Report of the Indian Hemp Drugs Commission, 1894-1895 - Volume VI
Year: 1894
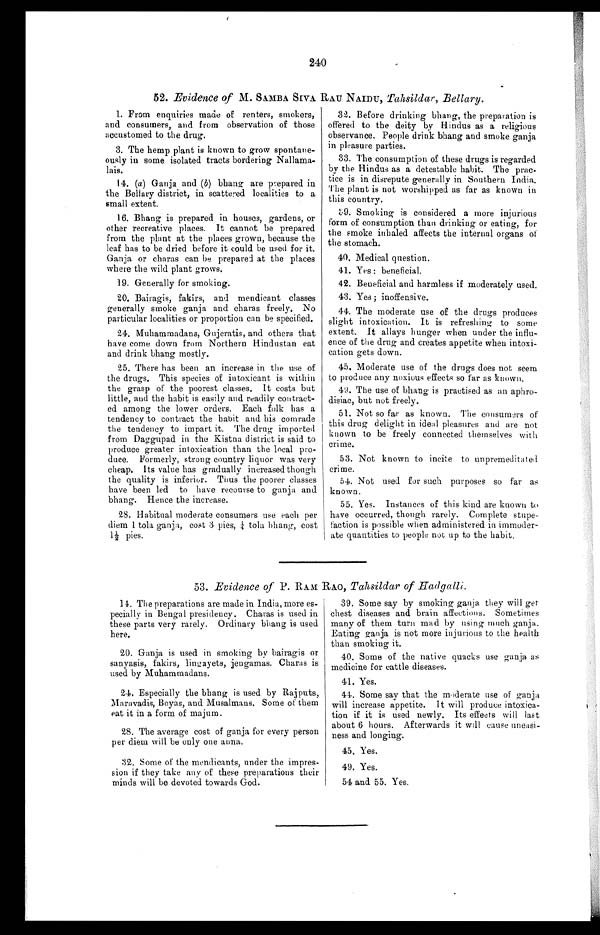
240
52. Evidence of M. SAMBA SIVA RAU NAIDU, Tahsildar, Bellary.
1. From enquiries made of renters, smokers,
and consumers, and from observation of those
accustomed to the drug.
3. The hemp plant is known to grow spontane-
ously in some isolated tracts bordering Nallama-
lais.
14. (a ) Ganja and (b) bhang are prepared in
the Bellary district, in scattered localities to a
small extent.
16. Bhang is prepared in houses, gardens, or
other recreative places. It cannot be prepared
from the plant at the places grown, because the
leaf has to be dried before it could be used for it.
Ganja or charas can be prepared at the places
where the wild plant grows.
19. Generally for smoking.
20. Bairagis, fakirs, and mendicant classes
generally smoke ganja and charas freely. No
particular localities or proportion can be specified.
24. Muhammadans, Gujeratis, and others that
have come down from Northern Hindustan eat
and drink bhang mostly.
25. There has been an increase in the use of
the drugs. This species of intoxicant is within
the grasp of the poorest classes. It costs but
little, and the habit is easily and readily contract-
ed among the lower orders. Each folk has a
tendency to contract the habit and his comrade
the tendency to impart it. The drug imported
from Daggupad in the Kistna district is said to
produce greater intoxication than the local pro-
duce. Formerly, strong country liquor was very
cheap. Its value has gradually increased though
the quality is inferior. Thus the poorer classes
have been led to have recourse to ganja and
bhang. Hence the increase.
28. Habitual moderate consumers use each per
diem 1 tola ganja, cost 3 pies, ¼ tola cost
1½ pies.
32. Before drinking bhang, the preparation is
offered to the deity by Hindus as a religious
observance. People drink bhang and smoke ganja
in pleasure parties.
33. The consumption of these drugs is regarded
by the Hindus as a detestable habit. The prac-
tice is in disrepute generally in Southern India.
The plant is not worshipped as far as known in
this country.
39. Smoking is considered a more injurious
form of consumption than drinking or eating, for
the smoke inhaled affects the internal organs of
the stomach.
40. Medical question.
41. Yes : beneficial.
42. Beneficial and harmless if moderately used.
43. Yes ; inoffensive.
44. The moderate use of the drugs produces
slight intoxication. It is refreshing to some
extent. It allays hunger when under the influ-
ence of the drug and creates appetite when. intoxi-
cation gets down.
45. Moderate use of the drugs does not seem
to produce any noxious effects so far as known.
49. The use of bhang is practised as an aphro-
disiac, but not freely.
51. Not so far as known. The consumers of
this drug delight in ideal pleasures and are not
known to be freely connected themselves with
crime.
53. Not known to incite to unpremeditated
crime.
54. Not used for such purposes so far as
known.
55. Yes. Instances of this kind are known to
have occurred, though rarely. Complete stupe-
faction is possible when administered in immoder-
ate quantities to people not up to the habit.
53. Evidence of P. RAM RAO, Tahsildar of Hadgalli.
14. The preparations are made in India, more es-
pecially in Bengal presidency. Charas is used in
these parts very rarely. Ordinary bhang is used
here.
20. Ganja is used in smoking by bairagis or
sanyasis, fakirs, linuayets, jengamas. Charas is
used by Muhammadans.
24. Especially the bhang is used by Raj puts,
Maravadis, Boyas, and Musalmans. Some of them
eat it in a form of majuni.
28. The average cost of ganja for every person
per diem will be only one anna.
32. Some of the mendicants, under the impres-
sion if they take any of these preparations their
minds will be devoted towards God.
39. Some say by smoking ganja they will get
chest diseases and brain affections. Sometimes
many of them turn mad by using much ganja.
Eating ganja is not more injurious to the health
than smoking it.
40. Some of the native quacks use ganja, as
medicine for cattle diseases.
41. Yes.
44. Some say that the moderate use of ganja
will increase appetite. It will produce intoxica-
tion if it is used newly. Its effects will last
about 6 hours. Afterwards it will cause uneasi-
ness and longing.
45. Yes.
49. Yes.
54 and 55. Yes.